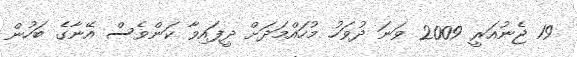
19 ޖެނުއަރީ 2009 ވަނަ ދުވަހު މުހައްމަދަށް ދީފައިވާ ކަންވެސް އޭނާގެ ބަހުން